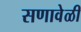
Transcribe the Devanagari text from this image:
सणावेळी